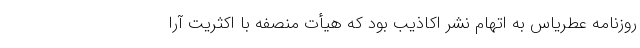
روزنامه عطریاس به اتهام نشر اکاذیب بود که هیأت منصفه با اکثریت آرا